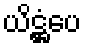
ယိဋ္ဌံပေ